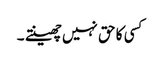
کسی کا حق نہیں چھینتے ۔